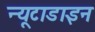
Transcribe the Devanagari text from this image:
न्यूटाडाइन